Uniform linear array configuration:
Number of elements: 4
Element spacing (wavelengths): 0.25
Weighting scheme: hamming
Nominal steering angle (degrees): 45
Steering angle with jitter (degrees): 43.103
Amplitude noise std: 0.05
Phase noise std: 0.05

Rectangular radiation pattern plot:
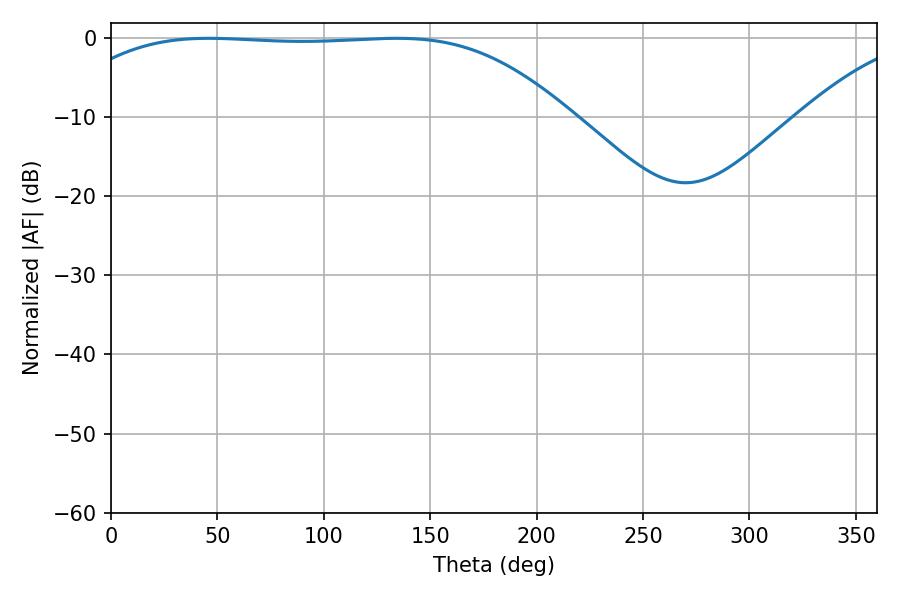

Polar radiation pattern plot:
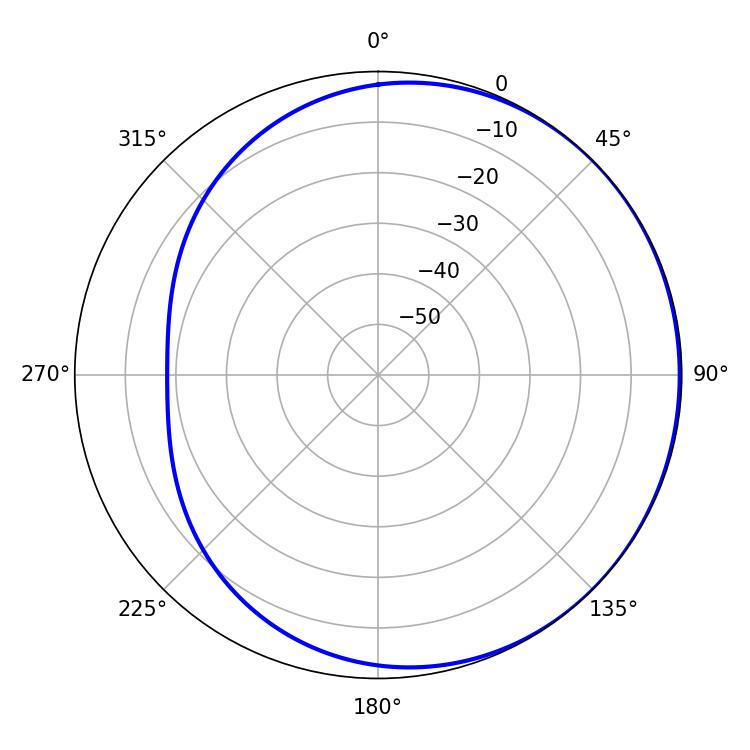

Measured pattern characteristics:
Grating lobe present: FALSE
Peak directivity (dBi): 0.6255
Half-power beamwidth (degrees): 183.06
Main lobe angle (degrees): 45.9